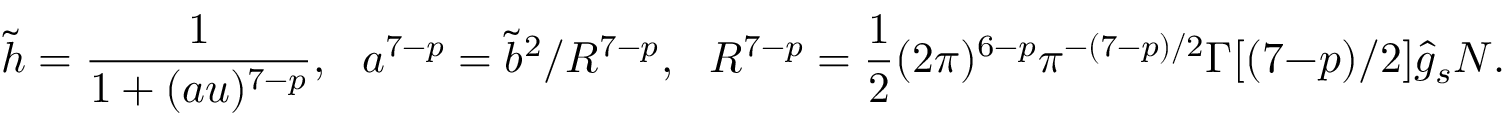
\tilde { h } = \frac { 1 } { 1 + ( a u ) ^ { 7 - p } } , \ \ \ a ^ { 7 - p } = \tilde { b } ^ { 2 } / R ^ { 7 - p } , \ \ \ R ^ { 7 - p } = \frac { 1 } { 2 } ( 2 \pi ) ^ { 6 - p } \pi ^ { - ( 7 - p ) / 2 } \Gamma [ ( 7 - p ) / 2 ] \hat { g } _ { s } N .